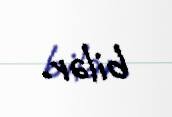
bilər.